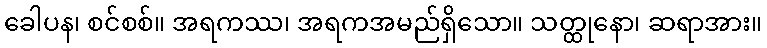
ခေါပန၊ စင်စစ်။ အရကဿ၊ အရကအမည်ရှိသော။ သတ္ထုနော၊ ဆရာအား။